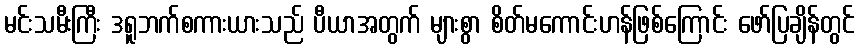
မင်းသမီးကြီး ဒရူဘက်စကားယားသည် ပီယာအတွက် များစွာ စိတ်မကောင်းဟန်ဖြစ်ကြောင်း ဖော်ပြချိန်တွင်